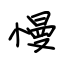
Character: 慢